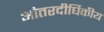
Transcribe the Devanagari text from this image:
आंतरदीर्घिकीय